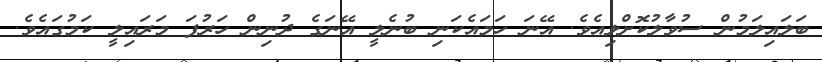
ބަަލައިލަމުން ސުވާލުކޮށްލިއެވެ. އޭނަ ހަމައެކަނި ބުނެލީ އޭނަގެ ދުނިން ހަރުފަ މަރައިލީ ކަމުގައެވެ.